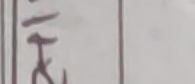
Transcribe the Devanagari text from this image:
पहे